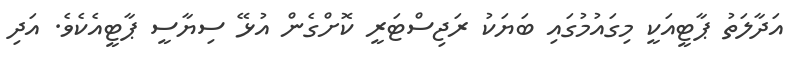
އަދާލަތު ޕާޓީއަކީ މިގައުމުގައި ބަޔަކު ރަޖިސްޓަރީ ކޮށްގެން އުޅޭ ސިޔާސީ ޕާޓީއެކެވެ. އަދި